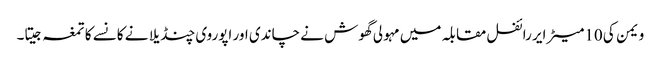
ویمن کی 10میٹر ایر رائفل مقابلہ میں مہولی گھوش نے چاندی اور اپوروی چنڈیلا نے کانسے کا تمغہ جیتا۔